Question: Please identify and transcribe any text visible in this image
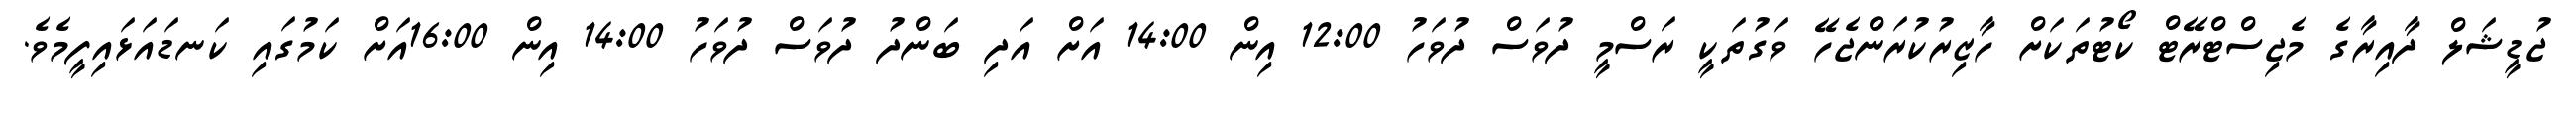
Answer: ޖުޑީޝަލް ދާއިރާގެ މެޖިސްޓްރޭޓް ކޯޓުތަކަށް ހާޒިރުކުރަންޖެހޭ ވަގުތަކީ ރަސްމީ ދުވަސް ދުވަހު 12:00 އިން 14:00 އަށް އަދި ބަންދު ދުވަސް ދުވަހު 14:00 އިން 16:00އަށް ކަމުގައި ކަނޑައަޅައިފީމެވެ.